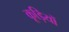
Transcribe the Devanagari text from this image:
कूड़ियों